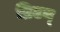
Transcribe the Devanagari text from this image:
ब्रिटन्